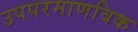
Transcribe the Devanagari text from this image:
उपपरमाणविक